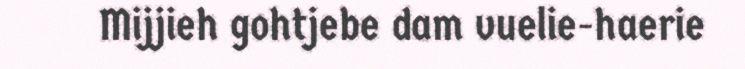
Mijjieh gohtjebe dam vuelie-haerie